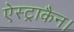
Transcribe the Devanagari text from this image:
ऐस्ट्राकैन।